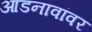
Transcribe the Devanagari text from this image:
आडनावांवर